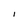
Character: i